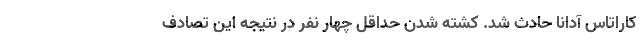
کاراتاس آدانا حادث شد. کشته شدن حداقل چهار نفر در نتیجه این تصادف